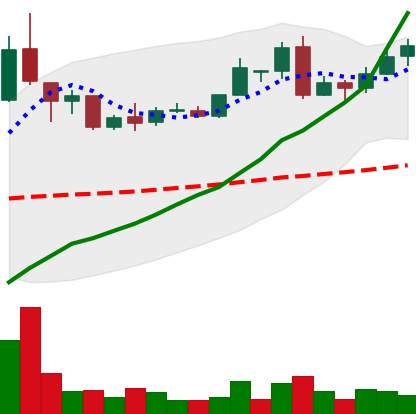
Ticker: LTC-USD
Chart end date: 2016-05-15
Forward return: -4.482%
Label: down_3_5